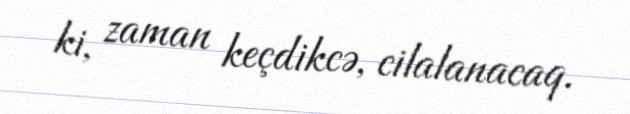
ki, zaman keçdikcə, cilalanacaq.